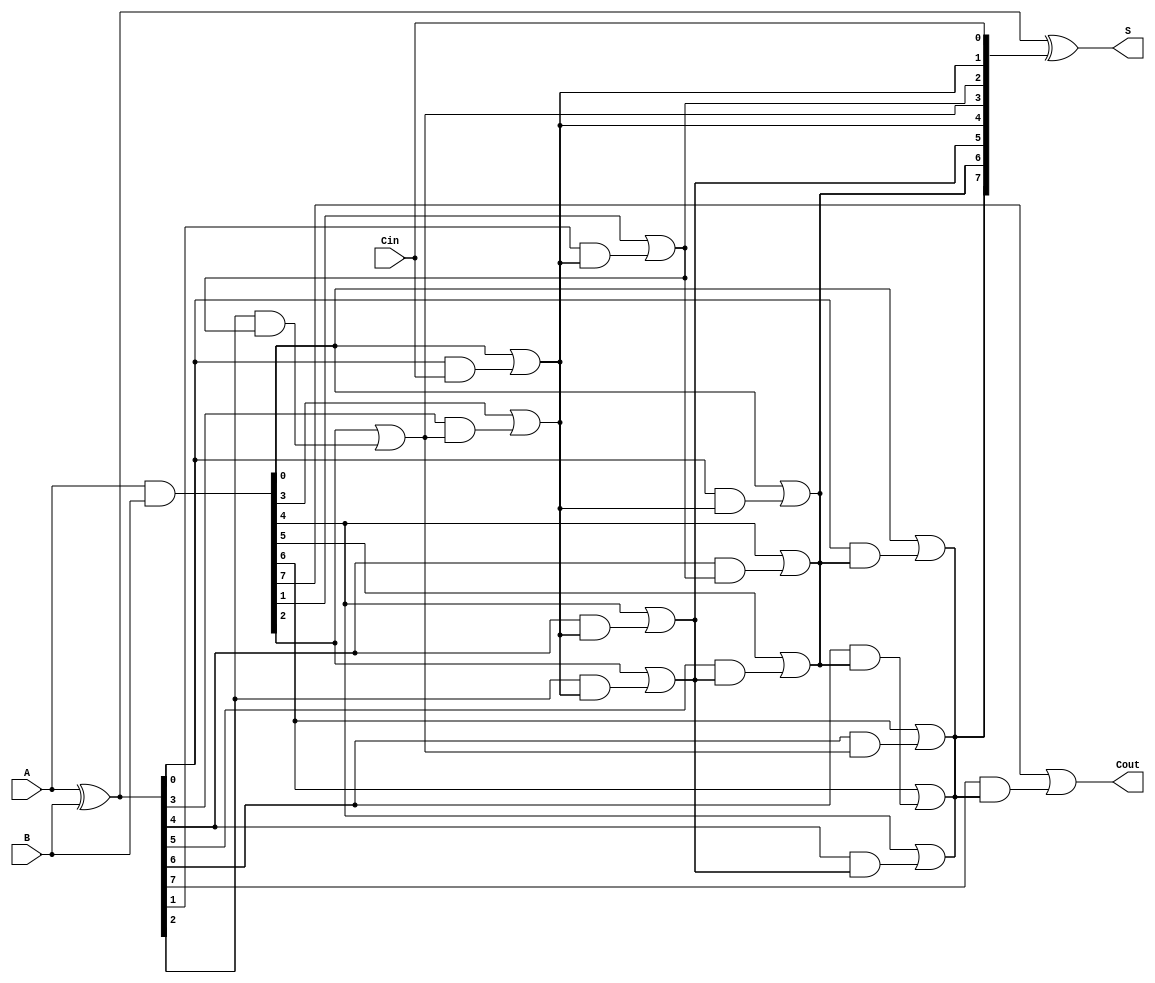
module brent_kung_adder #(parameter N = 8) (
    input  [N-1:0] A,      // First n-bit input
    input  [N-1:0] B,      // Second n-bit input
    input         Cin,      // Carry-in
    output [N-1:0] S,      // n-bit sum output
    output        Cout      // Carry-out
);

    // Generate and propagate signals
    wire [N-1:0] G; // Generate
    wire [N-1:0] P; // Propagate
    wire [N:0] C;   // Carry bits

    // Generate and propagate logic
    assign G = A & B;          // G[i] = A[i] & B[i]
    assign P = A ^ B;          // P[i] = A[i] ^ B[i]
    
    // Carry generation
    assign C[0] = Cin;         // C[0] = Cin

    // Level 1
    genvar i;
    generate
        for (i = 0; i < N; i = i + 1) begin : level1
            if (i == 0) begin
                assign C[i + 1] = G[i] | (P[i] & C[0]);
            end else begin
                assign C[i + 1] = G[i] | (P[i] & C[i]);
            end
        end
    endgenerate

    // Level 2
    generate
        for (i = 0; i < N/2; i = i + 1) begin : level2
            assign C[N/2 + i] = G[2*i] | (P[2*i] & C[i]);
        end
    endgenerate

    // Level 3
    generate
        for (i = 0; i < N/4; i = i + 1) begin : level3
            assign C[N/4 + i + N/2] = G[4*i] | (P[4*i] & C[N/2 + i]);
        end
    endgenerate

    // Level 4
    generate
        for (i = 0; i < N/8; i = i + 1) begin : level4
            assign C[N/8 + i + N/4 + N/2] = G[8*i] | (P[8*i] & C[N/4 + i + N/2]);
        end
    endgenerate

    // Sum calculation
    assign S = P ^ C[N-1:0]; // S[i] = P[i] ^ C[i]

    // Carry-out
    assign Cout = C[N];

endmodule